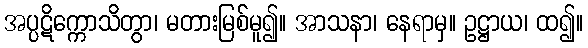
အပ္ပဋိက္ကောသိတွာ၊ မတားမြစ်မူ၍။ အာသနာ၊ နေရာမှ။ ဥဋ္ဌာယ၊ ထ၍။